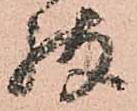
残